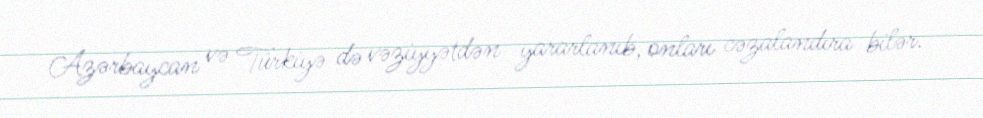
Azərbaycan və Türkiyə də vəziyyətdən yararlanıb, onları cəzalandıra bilər.